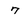
Character: 7